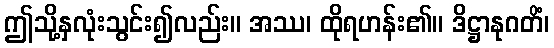
ဤသို့နှလုံးသွင်း၍လည်း။ အဿ၊ ထိုရဟန်း၏။ ဒိဋ္ဌာနုဂတိံ၊